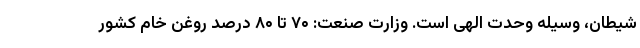
شیطان، وسیله وحدت الهی است. وزارت صنعت: ۷۰ تا ۸۰ درصد روغن خام کشور